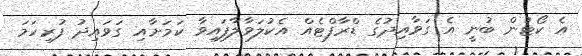
އެ ކޯޓުން ބުނީ އެ ގަވާއިދުގެ ޑްރާފްޓެއް އެކުލަވާލާފައިވާ ކަމަށާއި ގަވައިދު ފުރިހަމަ